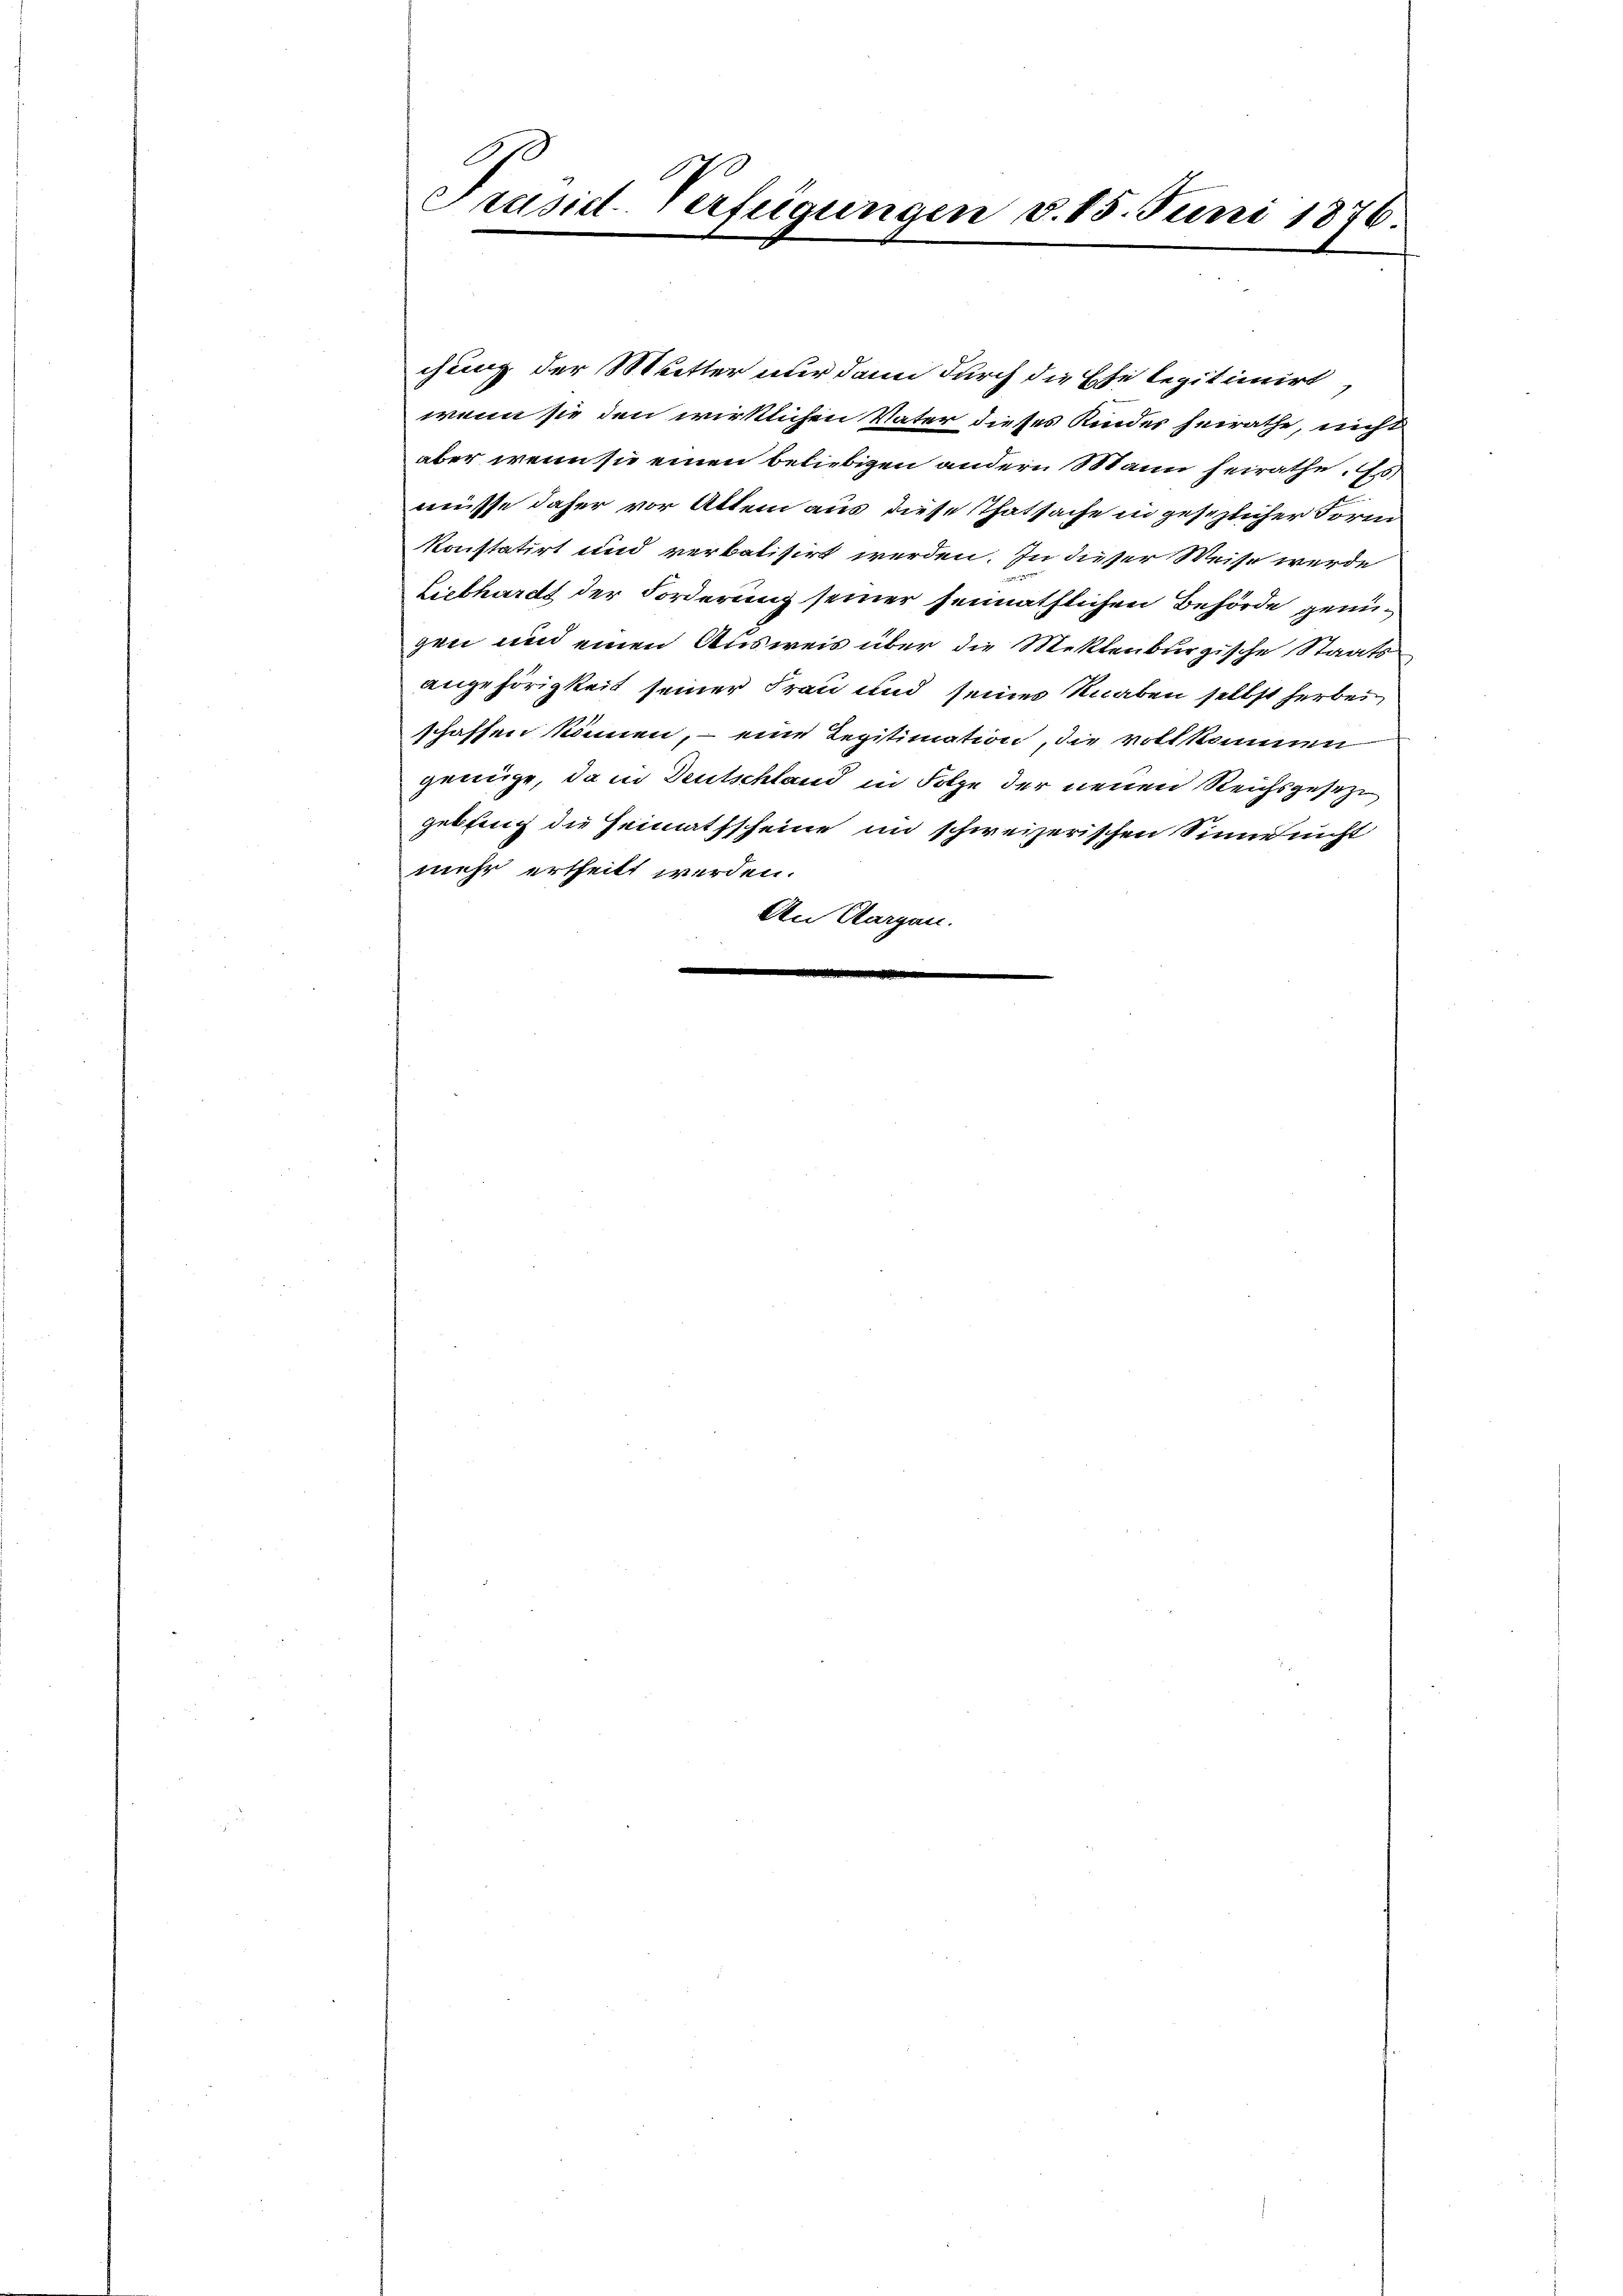
Präsid-Verfügungen d. 15. Juni 1876.

chung der Mutter nur dann durch die Ehe legitimirt
wenn sie den wirklichen Vater dieses Kinder heirathe, nicht
aber wenn sie einen beliebigen andern Mann heirathe. Es
müsse daher vor Altem aus diese Thatsache in gesezlicher Form
konstatirt und verbatisirt werden. In dieser Weise werde
Liebhardt der Forderung seiner heimathlichen Behörde genügen und einen Ausweis über die Mektenburgische Staatsangehörigkeit seiner Frau und seiner Knaben selbst herbei
schaffen können, – eine Regitimation, die vollkommen
genüge, da in Deutschland in Folge der neuen Reichsgeseze
gebling die Heimathscheine in schweizerischen Sinne nicht
mehr ertheilt werden.
An Aargau.
n